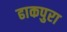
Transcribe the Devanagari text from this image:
ढाकपुरा